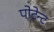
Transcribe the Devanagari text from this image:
पोटेन्ट